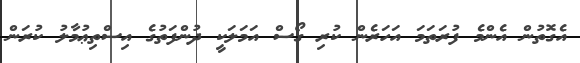
އެގޮތުން އެންމެ ފުރަތަމަ އަހަރެން ކުރި ގޯސް އަމަލަކީ ދުންފަތުގެ އިސްތިޢުމާލު ކުރަން